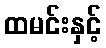
ထမင်းနှင့်